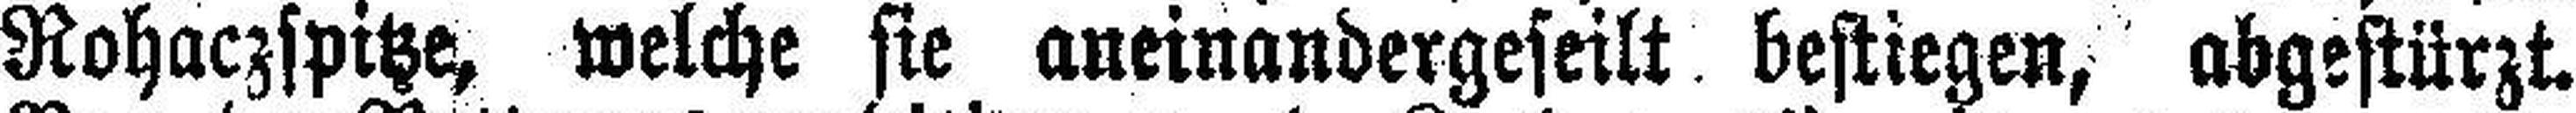
Rohaczspitze, welche sie aneinandergeseilt bestiegen, abgestürzt.